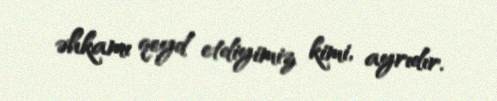
əhkamı qeyd etdiyimiz kimi, ayrıdır.